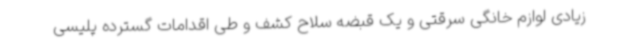
زیادی لوازم خانگی سرقتی و یک قبضه سلاح کشف و طی اقدامات گسترده پلیسی